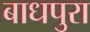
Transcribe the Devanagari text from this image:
बाधपुरा